Vaccination in Bombay 1924-1928 - 1924-1928
Year: 1924
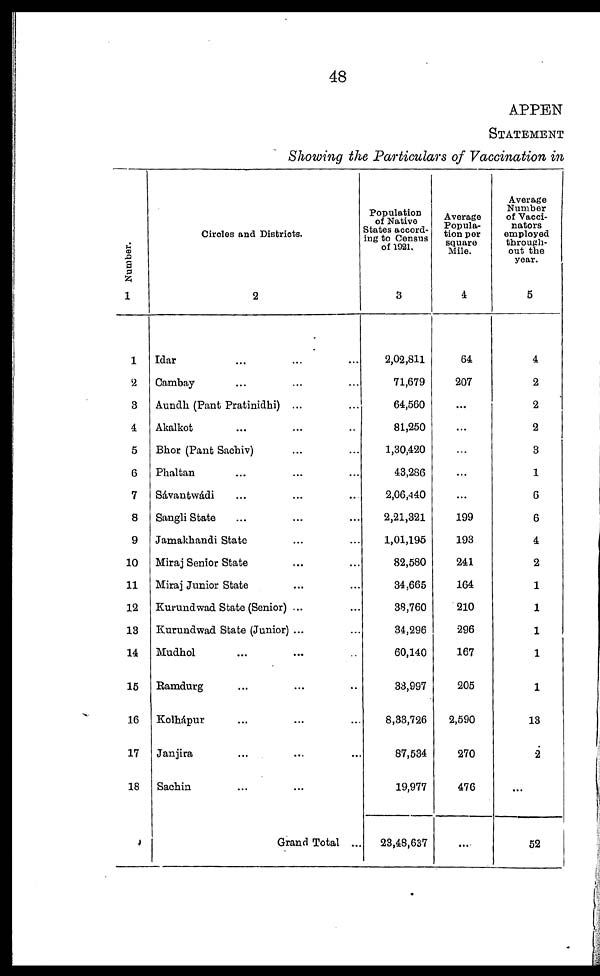
48
APPEN
STATEMENT
Showing the Particulars of Vaccination in
Number.
1
1
2
3
4
5
6
7
8
9
10
11
12
13
14
15
16
17
18
Circles and Districts.
2
Idar ... ... ...
Cambay ... ... ...
Aundh (Pant Pratinidhi) ... ...
Akalkot ... ... ...
Bhor (Pant Sachiv) ... ...
Phaltan ... ... ...
Sávantwádi ... ... ...
Sangli State ... ...
Jamakhandi State ... ...
Miraj Senior State ... ...
Miraj Junior State ... ...
Kurundwad State (Senior) ... ...
Kurundwad State (Junior) ... ...
Mudhol ... ... ...
Ramdurg ... ... ...
Kolhápur ... ... ...
Janjira ... ... ...
Sachin ... ... ...
Grand Total ...
Population
of Native
States accord-
ing to Census
of 1921.
3
2,02,811
71,679
64,560
81,250
1,30,420
43,286
2,06,440
2,21,321
1,01,195
82,580
34,665
38,760
34,296
60,140
33,997
8,33,726
87,534
19,977
23,48,637
Average
Popula-
tion per
square
Mile.
4
64
207
...
...
...
...
...
199
193
241
164
210
296
167
205
2,590
270
476
...
Average
Number
of Vacci¬
nators
employed
through-
out the
year.
5
4
2
2
2
3
1
6
6
4
2
1
1
1
1
1
13
2
...
52